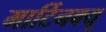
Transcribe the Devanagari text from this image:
मार्टिनक्यू